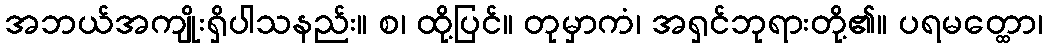
အဘယ်အကျိုးရှိပါသနည်း။ စ၊ ထို့ပြင်။ တုမှာကံ၊ အရှင်ဘုရားတို့၏။ ပရမတ္ထော၊